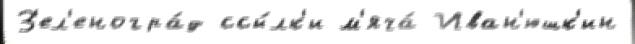
З'ел'еногра́д ссы́лк'и м'яча́ Иван'юшк'ин